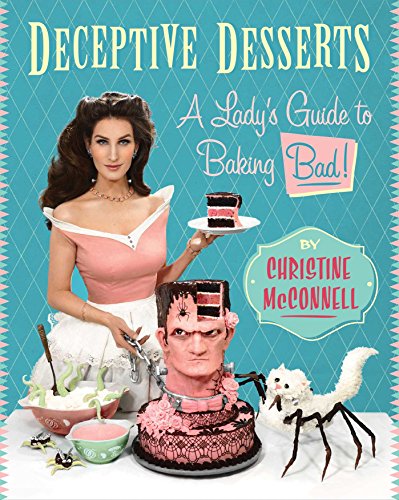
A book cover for Deceptive Desserts: A Lady's Guide to Baking Bad!; Christine McConnell; Cookbooks, Food & Wine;